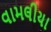
વામલીયા